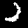
Digit: 2